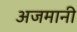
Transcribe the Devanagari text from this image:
अजमानी